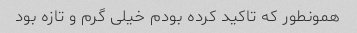
همونطور که تاکید کرده بودم خیلی گرم و تازه بود